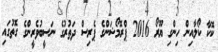
ކޮކާ ކޯލާއިން ހިންގި ޔޫރޯ 2016 ޕްރޮމޯޝަންގެ ޕެރިސް ދަތުރުގެ ނަސީބުވެރީންގެ ގޮތުގައި